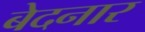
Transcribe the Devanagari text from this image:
बेदनार